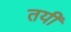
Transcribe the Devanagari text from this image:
तयीं